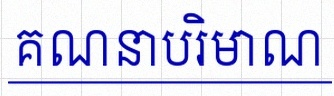
គណនាបរិមាណ